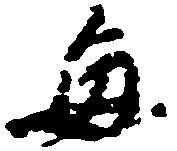
毎